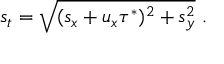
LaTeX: s _ { t } = \sqrt { ( s _ { x } + u _ { x } \tau ^ { * } ) ^ { 2 } + s _ { y } ^ { 2 } } \ .